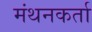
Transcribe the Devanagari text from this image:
मंथनकर्ता